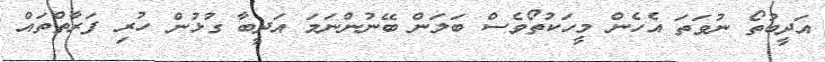
އަދީބުތޯ ނުވަތަ އެހެން މީހަކުތޯވެސް ބަލަން ބޭނުންނަމަ އަދީބާ ގުޅުން ހުރި ފަރާތްތައް